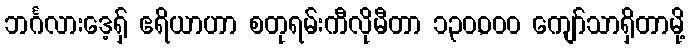
ဘင်္ဂလားဒေ့ရှ် ဧရိယာဟာ စတုရမ်းကီလိုမီတာ ၁၃၀,၀၀၀ ကျော်သာရှိတာမို့